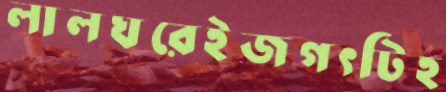
লালঘরেইজগৎটিহ